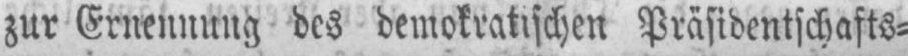
zur Ernennung des demokratischen Präsidentschafts⸗